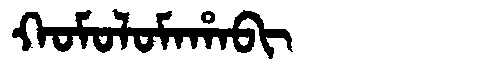
Manchu: ᡴᠣᠮᠣᠯᠣᠮᠠᡥᠠᠪᡳ
Romanization: KOMOLOMAHABI